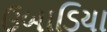
ઉબાડિયા